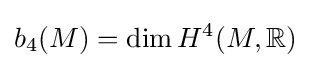
b_{4}(M)=\dim H^{4}(M,\mathbb {R} )